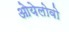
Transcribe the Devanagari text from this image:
ओयेलोवो